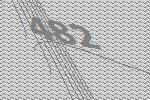
482